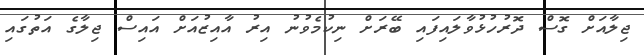
ޖިލާއަށް ގޮސް ދޮރުހުޅުވާލައިފައި ބޭރަށް ނިކުމެވުނު އިރު އާއިޒުއަށް އައިސް ޖިލާގެ އަތުގައި